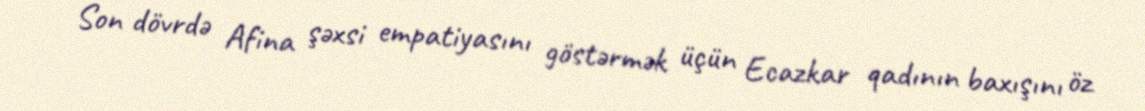
Son dövrdə Afina şəxsi empatiyasını göstərmək üçün Ecazkar qadının baxışını öz